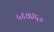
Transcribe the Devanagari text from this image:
५६७३५०